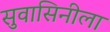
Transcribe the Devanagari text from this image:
सुवासिनीला